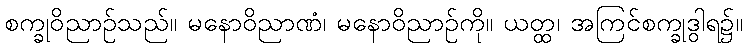
စက္ခုဝိညာဉ်သည်။ မနောဝိညာဏံ၊ မနောဝိညာဉ်ကို။ ယတ္ထ၊ အကြင်စက္ခုဒွါရ၌။